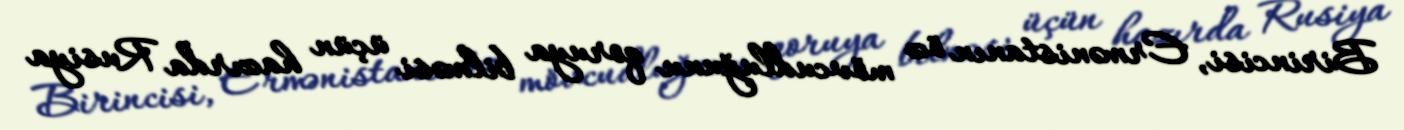
Birincisi, Ermənistanın öz mövcudluğunu qoruya bilməsi üçün hazırda Rusiya